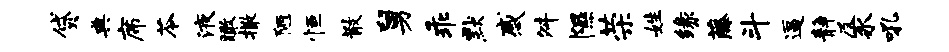
贷典席苓液瞰撒陋恒散舅乖默感舛隰荣姓缘藤斗逼静及豕吼